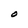
Character: O